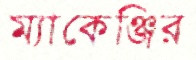
ম্যাকেঞ্জির